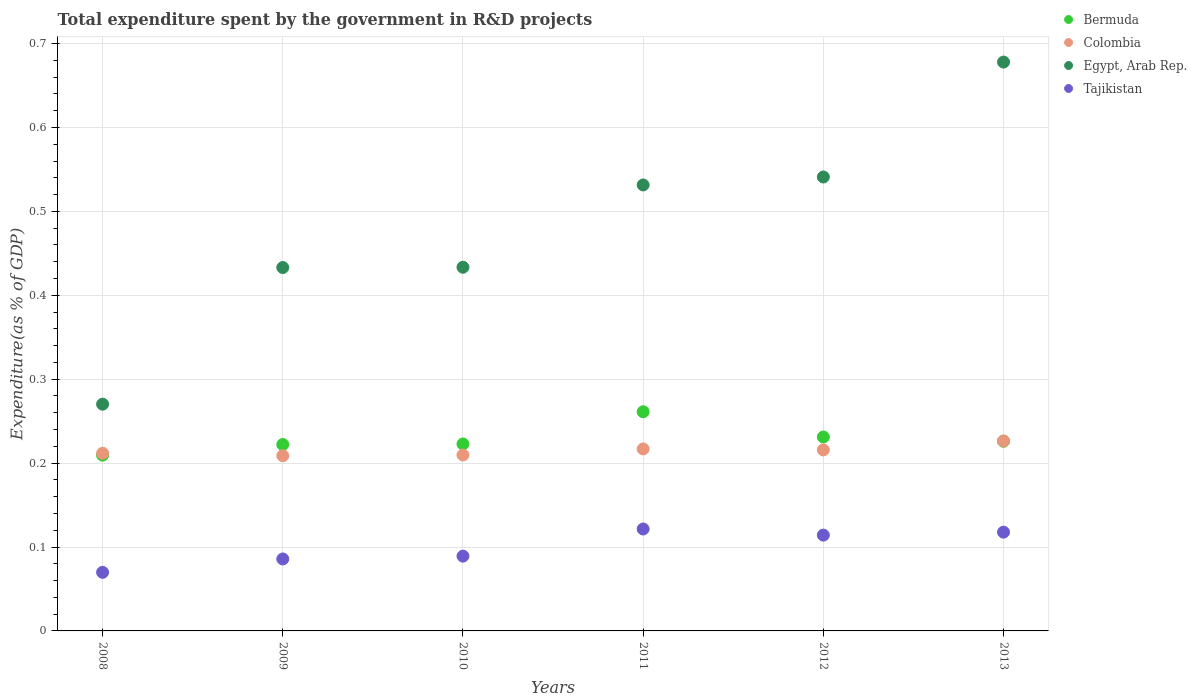
| Years | Bermuda | Colombia | Egypt, Arab Rep. | Tajikistan |
 | --- | --- | --- | --- | --- |
 | 2008 | 0.209 | 0.212 | 0.27 | 0.0698 |
 | 2009 | 0.222 | 0.209 | 0.433 | 0.0858 |
 | 2010 | 0.223 | 0.21 | 0.433 | 0.0891 |
 | 2011 | 0.261 | 0.217 | 0.532 | 0.121 |
 | 2012 | 0.231 | 0.216 | 0.541 | 0.114 |
 | 2013 | 0.226 | 0.226 | 0.678 | 0.118 |